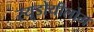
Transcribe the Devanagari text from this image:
स्यूडोयीलोम